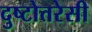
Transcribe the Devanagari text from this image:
दुष्टोत्तरेसी